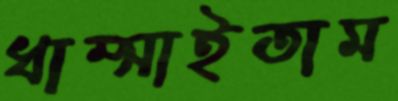
ধাম্‌সাইতাম